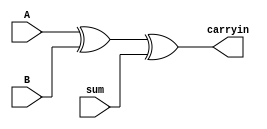
module carryin_bin
#(
    parameter WORD_WIDTH = 0
)
(
    input   wire    [WORD_WIDTH-1:0]    A,
    input   wire    [WORD_WIDTH-1:0]    B,
    input   wire    [WORD_WIDTH-1:0]    sum,
    output  reg     [WORD_WIDTH-1:0]    carryin
);

    initial begin
        carryin = {WORD_WIDTH{1'b0}};
    end

// Re-add the two integers without carries, which is merely XOR, then compare
// that carry-less sum with the input `sum` (this is also an XOR). If the sums
// differ, then a carry-in was present at that bit position during the input
// `sum`.

    always @(*) begin
        carryin = A ^ B ^ sum;
    end

endmodule